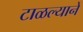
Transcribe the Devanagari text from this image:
टाळल्यानें